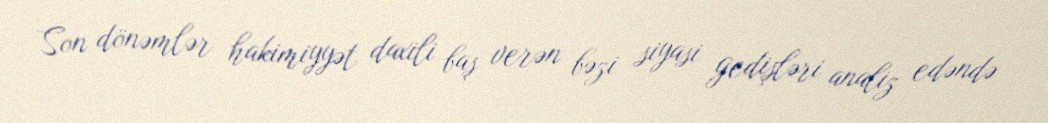
Son dönəmlər hakimiyyət daxili baş verən bəzi siyasi gedişləri analiz edəndə